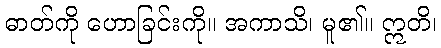
ဓာတ်ကို ဟောခြင်းကို။ အကာသိ၊ မူ၏။ ဣတိ၊